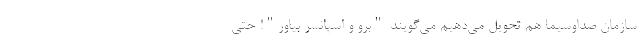
سازمان صداوسیما هم تحویل می‌دهیم می‌گویند "برو و اسپانسر بیاور"! حتی